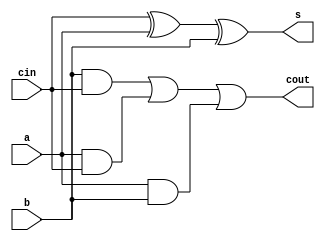
//full adder adds a single bit digit and stores the sum in s and the carry digit in cout.

module full_Adder(a,b,cin,s,cout);
    input wire a, b, cin;
//cin is the initial carry which is set to 0.
	output wire s, cout;

//assigning 's' as : cin XOR a XOR b
	assign s = cin ^ a ^ b;

//assigning 'cout' 
	assign cout = (b & cin) | (a & cin) | (a & b); 
endmodule